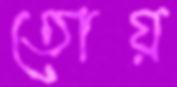
তোয়